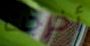
أخرجت